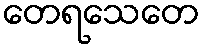
တေရသေတေ